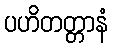
ပဟိတတ္တာနံ